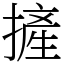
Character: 摌